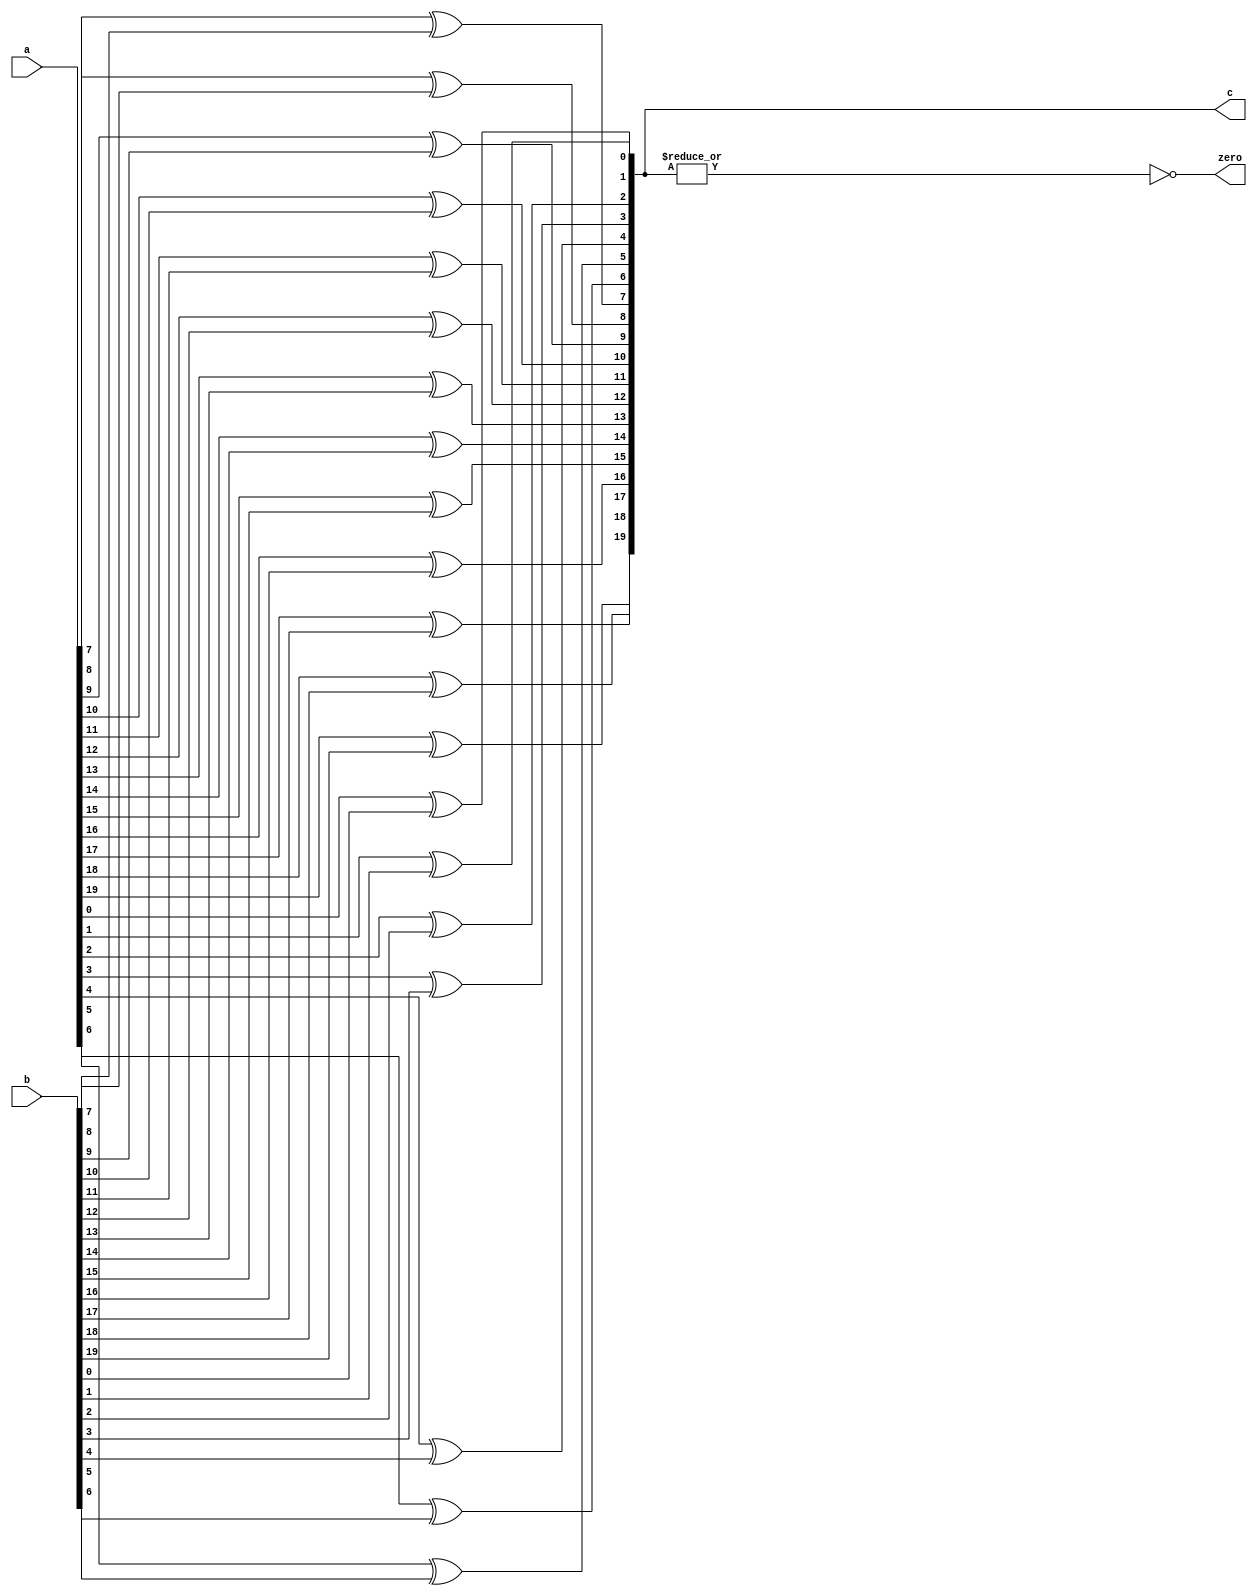
module xor_word (
   input [19:0] a,
   input [19:0] b,
   output reg [19:0] c,
   output reg zero
);

   integer i;

   always @(a or b) begin
      for (i = 0; i < 20; i++) begin
         c[i] = a[i] ^ b[i];
      end
    
      zero = !(|c);
   end  

endmodule